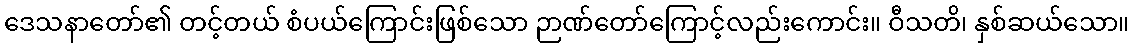
ဒေသနာတော်၏ တင့်တယ် စံပယ်ကြောင်းဖြစ်သော ဉာဏ်တော်ကြောင့်လည်းကောင်း။ ဝီသတိ၊ နှစ်ဆယ်သော။